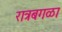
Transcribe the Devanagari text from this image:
रात्रबगळा